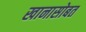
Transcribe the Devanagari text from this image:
खानासोबत